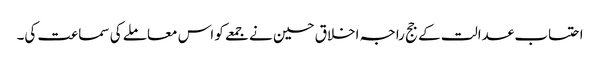
احتساب عدالت کے جج راجہ اخلاق حسین نے جمعے کو اس معاملے کی سماعت کی۔